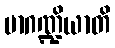
မာဂဏ္ဍိယာတိ